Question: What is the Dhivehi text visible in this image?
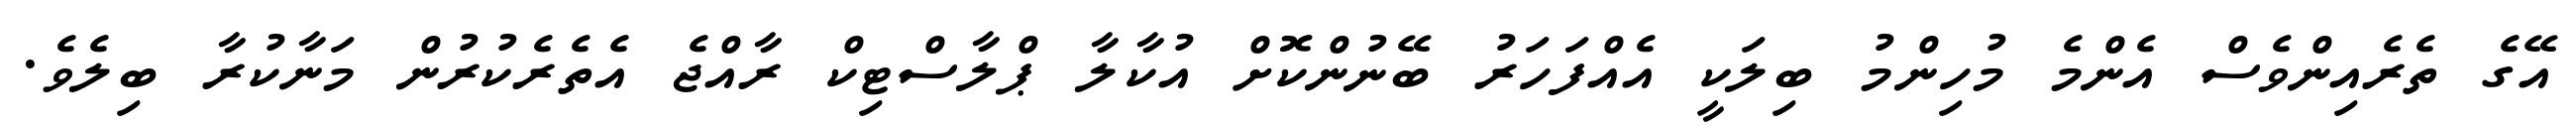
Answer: އޭގެ ތެރެއިންވެސް އެންމެ މުހިންމު ބިލަކީ އެއްފަހަރު ބޭނުންކޮށް އުކާލާ ޕްލާސްޓިކް ރާއްޖެ އެތެރެކުރުން މަނާކުރާ ބިލެވެ.